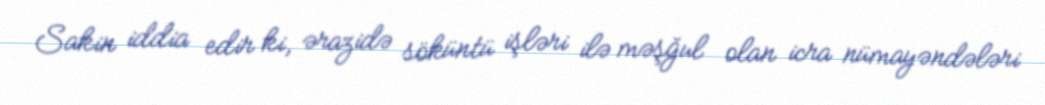
Sakin iddia edir ki, ərazidə söküntü işləri ilə məşğul olan icra nümayəndələri